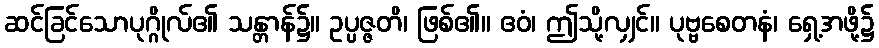
ဆင်ခြင်သောပုဂ္ဂိုလ်၏ သန္တာန်၌။ ဥပ္ပဇ္ဇတိ၊ ဖြစ်၏။ ဧဝံ၊ ဤသို့လျှင်။ ပုဗ္ဗစေတနံ၊ ရှေ့အဖို့၌